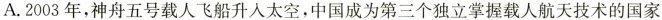
A.2003年，神舟五号载人飞船升入太空，中国成为第三个独立掌握载人航天技术的国家